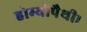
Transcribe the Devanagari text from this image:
होम्योपैथी।